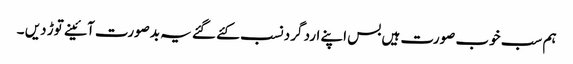
ہم سب خوب صورت ہیں بس اپنے ارد گرد نسب کئے گئے یہ بدصورت آئینے توڑ دیں ۔